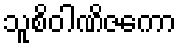
သူစိဝါဏိဇကော